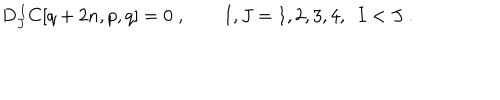
D _ { J } ^ { \, I } C [ q + 2 n , p , q ] = 0 \; , \qquad I , J = 1 , 2 , 3 , 4 , \ \ I < J \; .